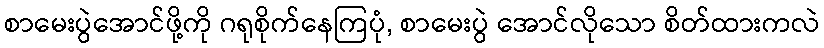
စာမေးပွဲအောင်ဖို့ကို ဂရုစိုက်နေကြပုံ, စာမေးပွဲ အောင်လိုသော စိတ်ထားကလဲ